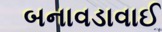
બનાવડાવાઈ